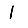
Digit: 1